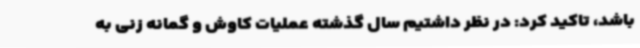
باشد، تاکید کرد: در نظر داشتیم سال گذشته عملیات کاوش و گمانه زنی به